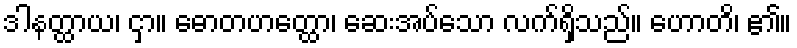
ဒါနတ္ထာယ၊ ငှာ။ ဓောတဟတ္ထော၊ ဆေးအပ်သော လက်ရှိသည်။ ဟောတိ၊ ၏။